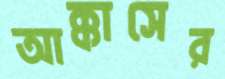
আক্কাসের